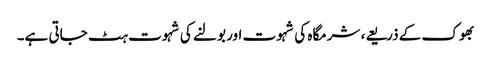
بھوک کے ذریعے، شرمگاہ کی شہوت اور بولنے کی شہوت ہٹ جاتی ہے۔